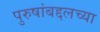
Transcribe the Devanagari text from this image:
पुरुषांबद्दलच्या